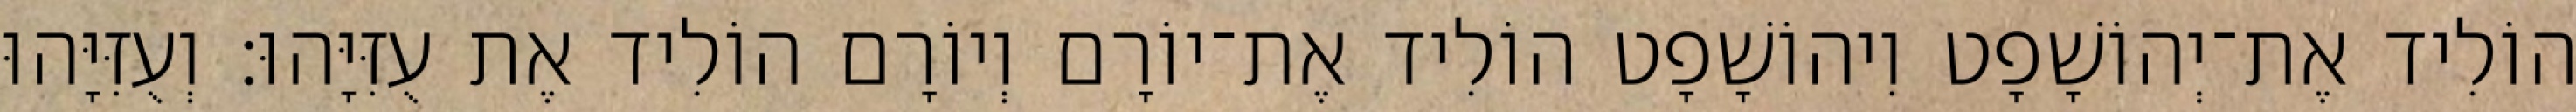
הוֹלִיד אֶת־יְהוֹשָׁפָט וִיהוֹשָׁפָט הוֹלִיד אֶת־יוֹרָם וְיוֹרָם הוֹלִיד אֶת עֻזִּיָּהוּ׃ וְעֻזִּיָּהוּ